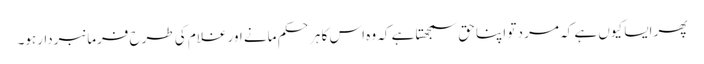
پھر ایسا کیوں ہے کہ مر د تو اپنا حق سمجھتا ہے کہ وہ اس کا ہر حکم مانے اور غلام کی طرح فرمانبردارہو۔